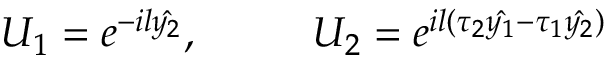
U _ { 1 } = e ^ { - i l \hat { y _ { 2 } } } , ~ ~ ~ ~ ~ ~ ~ ~ U _ { 2 } = e ^ { i l ( \tau _ { 2 } \hat { y _ { 1 } } - \tau _ { 1 } \hat { y _ { 2 } } ) }